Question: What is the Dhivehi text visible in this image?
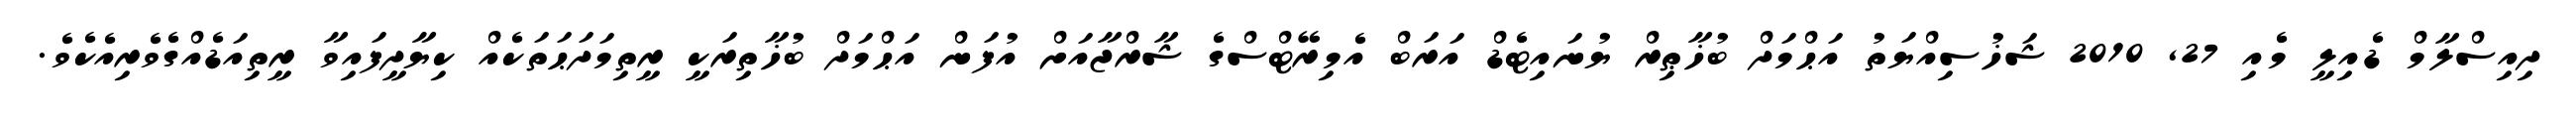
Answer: ދިއިސްލާމް ޑެއިލީ މެއި 27, 2010 ޝަޚުސިއްޔަތު އަޙްމަދް ބުޚާޠިރް ޔުނައިޓެޑް އަރަބް އެމިރޭޓްސްގެ ޝާރްޖާއަށް އުފަން އަޙްމަދް ބުޚާތިރަކީ ރީތިމަދަޙަތަކެއް ކިޔާދީފައިވާ ރީތިއަޑެއްގެވެރިއެކެވެ.